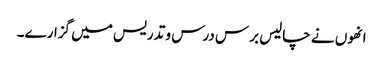
انھوں نے چالیس برس درس و تدریس میں گزارے۔